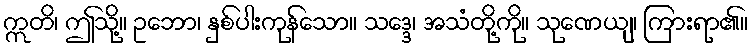
ဣတိ၊ ဤသို့။ ဥဘော၊ နှစ်ပါးကုန်သော။ သဒ္ဒေ၊ အသံတို့ကို။ သုဏေယျ၊ ကြားရာ၏။